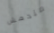
مندهش